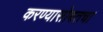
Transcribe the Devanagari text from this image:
करण्यासोबतचा